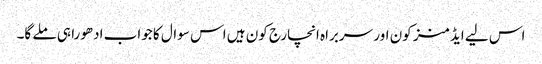
اس لیے ایڈمنز کون اور سربراہ انچارج کون ہیں اس سوال کا جواب ادھورا ہی ملے گا۔